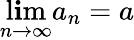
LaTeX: \operatorname*{l\mathbf{i}m}_{n\to\infty}a_{n}=a